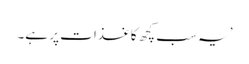
’یہ سب کچھ کاغذات پر ہے۔